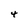
Character: 4